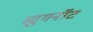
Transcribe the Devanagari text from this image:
ह्युगनॉट